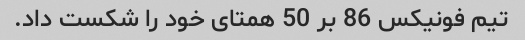
تیم فونیکس 86 بر 50 همتای خود را شکست داد.